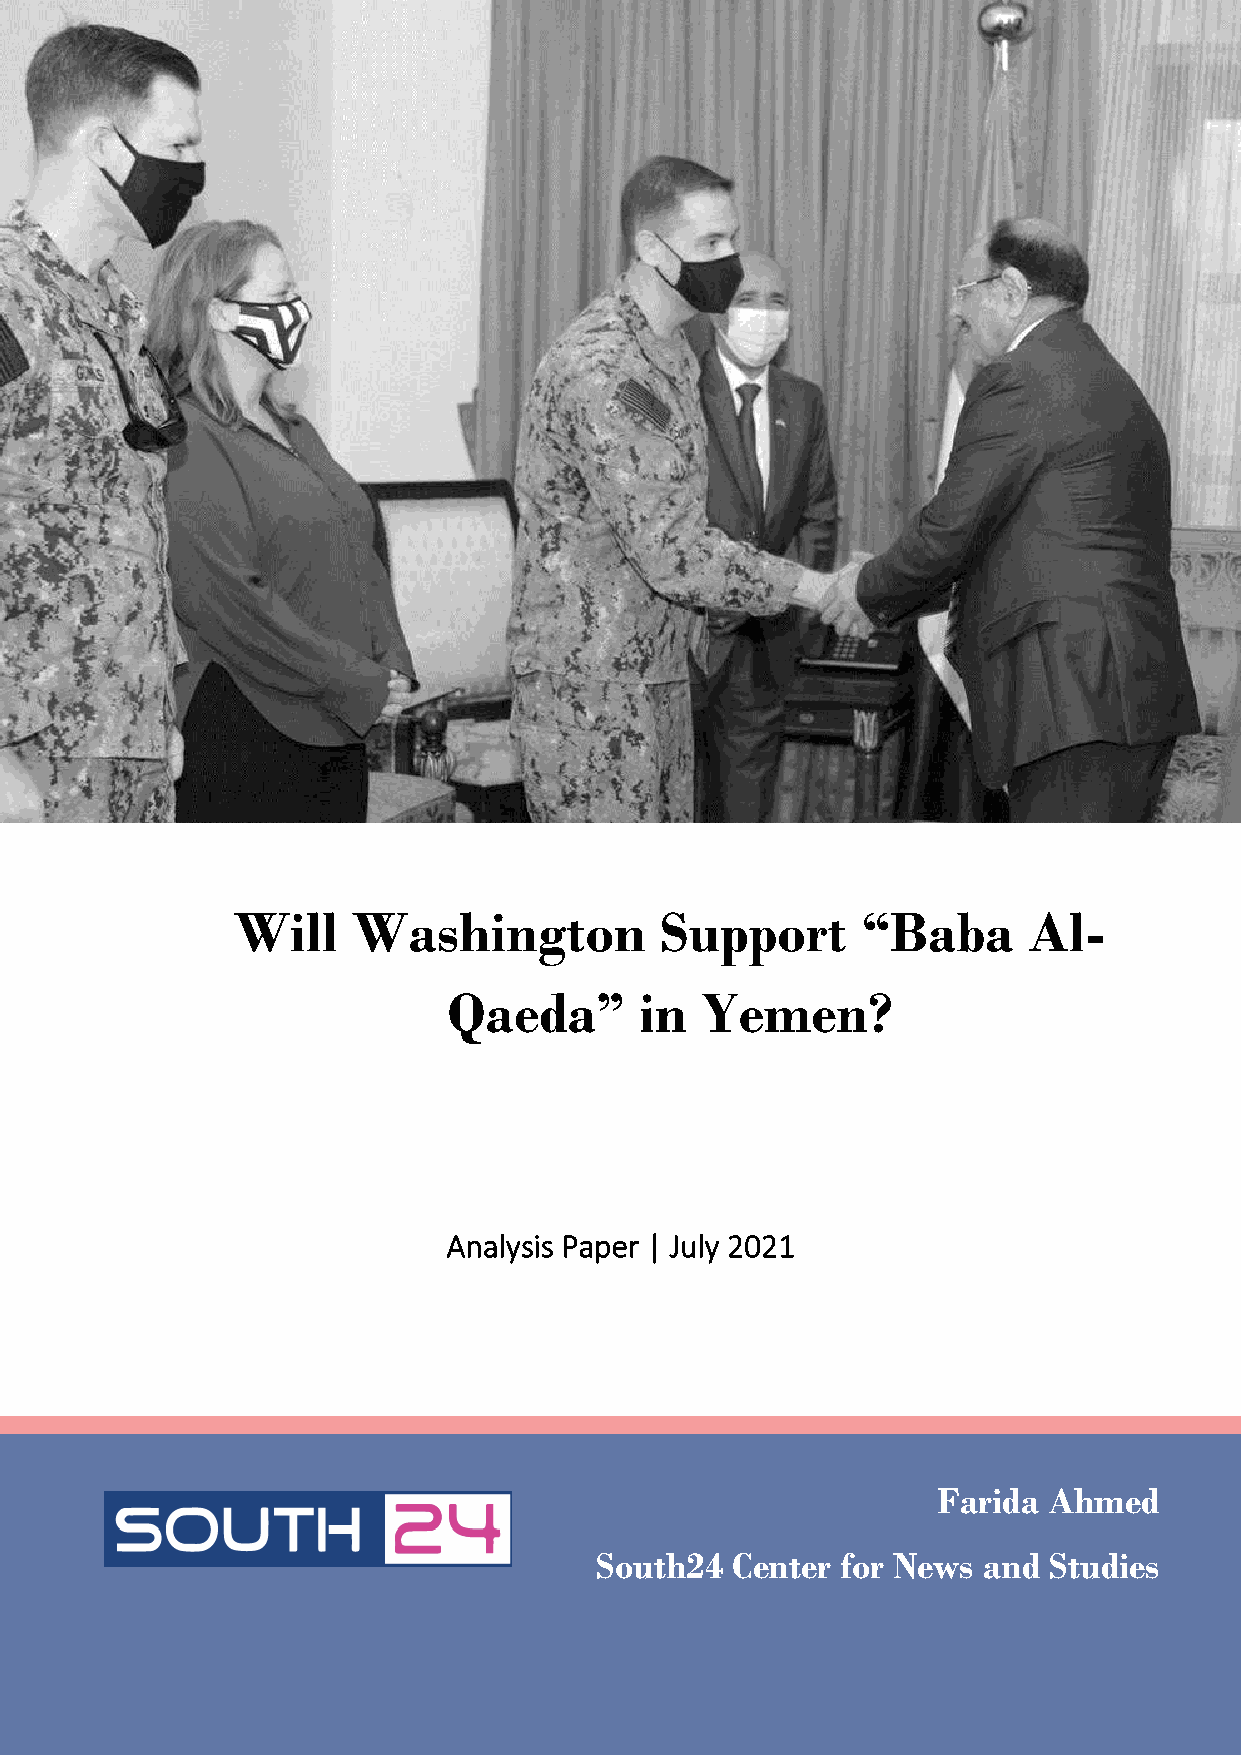
Will Washington Support “Baba Al-Qaeda” in Yemen?
 Will    Washington           Support      “Baba      Al-
 Qaeda”      in  Yemen?
 Analysis Paper | July 2021
 Farida Ahmed
 South24  Center  for News and Studies
 0